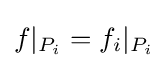
f|_{P_{i}}=f_{i}|_{P_{i}}